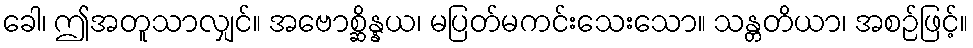
ခေါ၊ ဤအတူသာလျှင်။ အဗောစ္ဆိန္နယ၊ မပြတ်မကင်းသေးသော။ သန္တတိယာ၊ အစဉ်ဖြင့်။